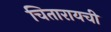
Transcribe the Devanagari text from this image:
चितारायची